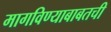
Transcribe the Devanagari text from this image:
मागविण्याबाबतची